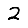
Digit: 2